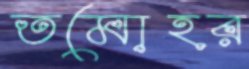
তমোহর